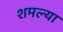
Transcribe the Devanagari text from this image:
शमल्या